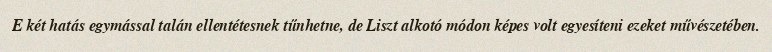
E két hatás egymással talán ellentétesnek tűnhetne, de Liszt alkotó módon képes volt egyesíteni ezeket művészetében.